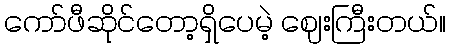
ကော်ဖီဆိုင်တော့ရှိပေမဲ့ ဈေးကြီးတယ်။